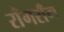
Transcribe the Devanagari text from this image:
राँगराँग